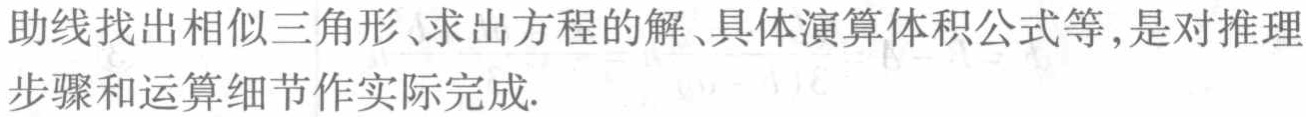
助线找出相似三角形、求出方程的解、具体演算体积公式等,是对推理步骤和运算细节作实际完成.